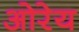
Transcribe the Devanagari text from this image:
ओरेय